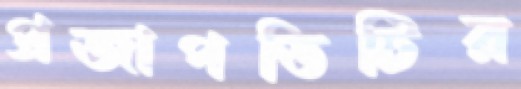
প্রজাপতিটির